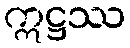
ဣဋ္ဌဿ